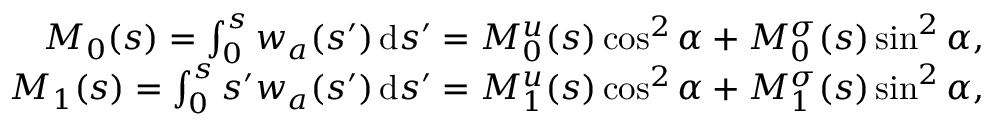
\begin{array} { r } { M _ { 0 } ( s ) = \int _ { 0 } ^ { s } w _ { a } ( s ^ { \prime } ) \, \mathrm { d } s ^ { \prime } = M _ { 0 } ^ { u } ( s ) \cos ^ { 2 } \alpha + M _ { 0 } ^ { \sigma } ( s ) \sin ^ { 2 } \alpha , } \\ { M _ { 1 } ( s ) = \int _ { 0 } ^ { s } s ^ { \prime } w _ { a } ( s ^ { \prime } ) \, \mathrm { d } s ^ { \prime } = M _ { 1 } ^ { u } ( s ) \cos ^ { 2 } \alpha + M _ { 1 } ^ { \sigma } ( s ) \sin ^ { 2 } \alpha , } \end{array}